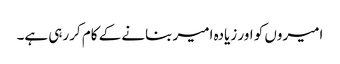
امیروں کو اور زیادہ امیر بنانے کے کام کررہی ہے۔